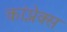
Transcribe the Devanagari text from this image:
कांप्लेक्स